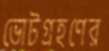
ভোটগ্রহণের